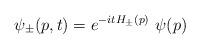
LaTeX: \begin{align*}\psi_\pm (p,t)=e^{-itH_\pm (p)}\ \psi (p)\end{align*}